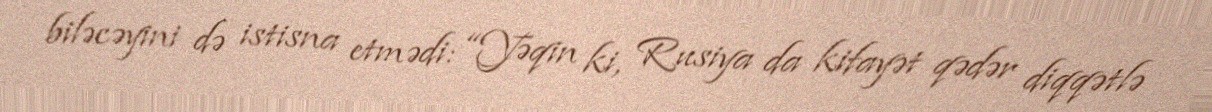
biləcəyini də istisna etmədi: “Yəqin ki, Rusiya da kifayət qədər diqqətlə